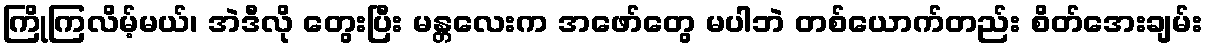
ကြိုကြလိမ့်မယ်၊ အဲဒီလို တွေးပြီး မန္တလေးက အဖော်တွေ မပါဘဲ တစ်ယောက်တည်း စိတ်အေးချမ်း